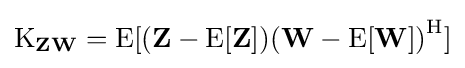
\operatorname {K} _{\mathbf {Z} \mathbf {W} }=\operatorname {E} [(\mathbf {Z} -\operatorname {E} [\mathbf {Z} ]){(\mathbf {W} -\operatorname {E} [\mathbf {W} ])}^{\mathrm {H} }]